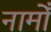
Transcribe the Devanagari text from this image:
नामोँ